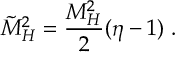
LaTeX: \tilde { M } _ { H } ^ { 2 } = { \frac { M _ { H } ^ { 2 } } { 2 } } ( \eta - 1 ) ~ .